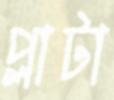
প্লাটা